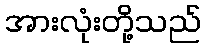
အားလုံးတို့သည်